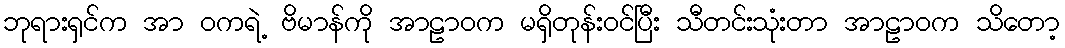
ဘုရားရှင်က အာ ဝကရဲ့ ဗိမာန်ကို အာဠာဝက မရှိတုန်းဝင်ပြီး သီတင်းသုံးတာ အာဠာဝက သိတော့